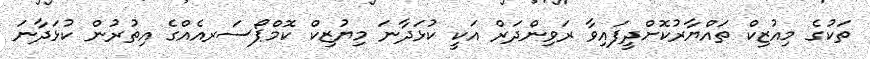
ތަކުގެ މިއުޒިކް ތައްޔާރުކޮށްދީފައިވާ ރަވިންދަރް އަކީ ކުޅަދާނަ މިޔުޒިކް ކޮމްޕޯސަރއެއްގެ އިތުރުން ކުޅަދާނަ